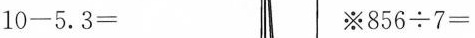
$$1 0 - 5 . 3 =$$ $$※ 8 5 6 \div 7 =$$